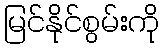
မြင်နိုင်စွမ်းကို